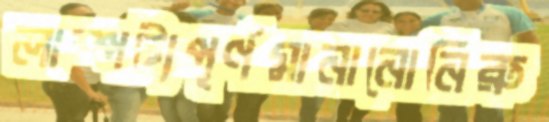
লাম্পট্যপূর্ণমানানোনিরু